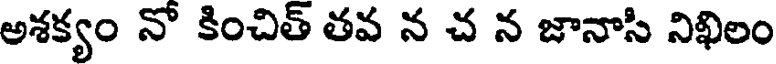
అశక్యం నో కించిత్ తవ న చ న జానాసి నిఖిలం